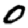
Digit: 0